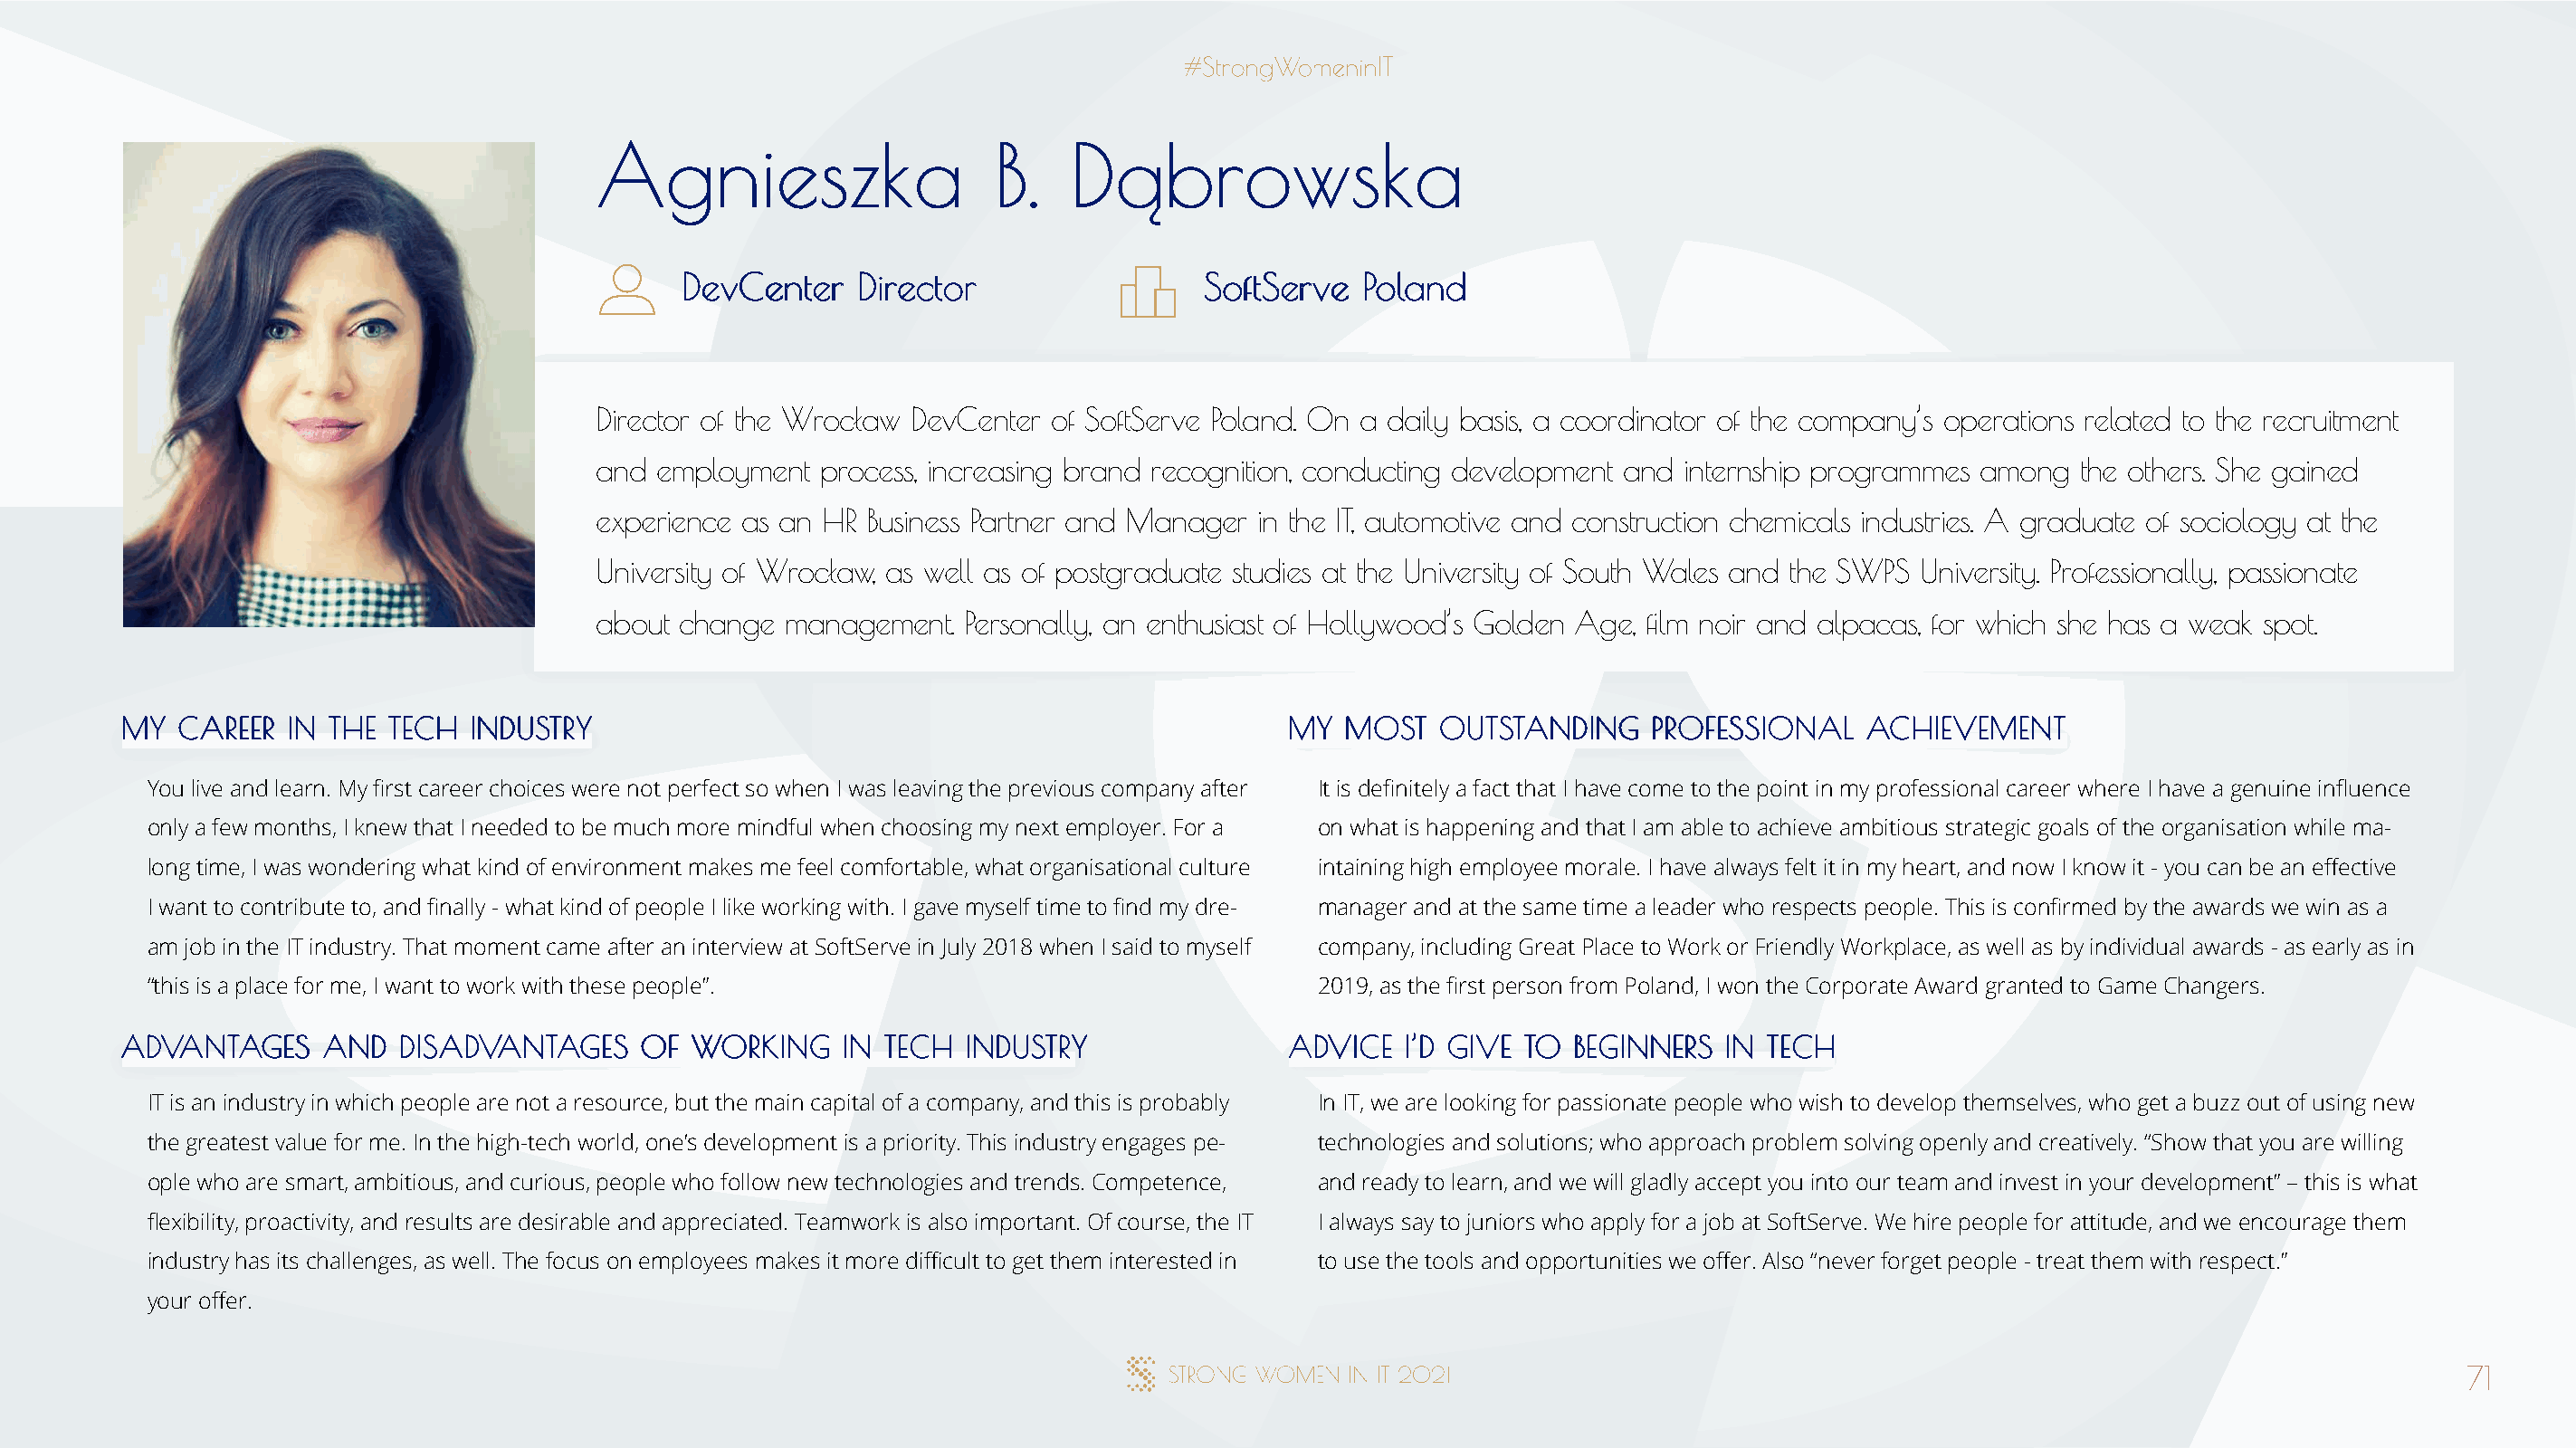
AAggnniieesszzkkaa           BB.. DDąąbbrroowwsskkaa
 DDeevvCCeenntteerr DDiirreeccttoorr   SSooffttSSeerrvvee PPoollaanndd
 Director of the Wrocław DevCenter of SoftServe Poland. On a daily basis, a coordinator of the company’s operations related to the recruitment
 and employment  process, increasing brand recognition, conducting development and internship programmes among the others. She gained
 experience as an HR Business Partner and Manager in the IT, automotive and construction chemicals industries. A graduate of sociology at the
 University of Wrocław, as well as of postgraduate studies at the University of South Wales and the SWPS University. Professionally, passionate
 about change management.   Personally, an enthusiast of Hollywood’s Golden Age, film noir and alpacas, for which she has a weak spot.
 MMYY CCAARREEEERR IINN TTHHEE TTEECCHH IINNDDUUSSTTRRYY                              MMYY MMOOSSTT OOUUTTSSTTAANNDDIINNGG PPRROOFFEESSSSIIOONNAALL AACCHHIIEEVVEEMMEENNTT
 You live and learn. My first career choices were not perfect so when I was leaving the previous company after It is definitely a fact that I have come to the point in my professional career where I have a genuine influence
 only a few months, I knew that I needed to be much more mindful when choosing my next employer. For a on what is happening and that I am able to achieve ambitious strategic goals of the organisation while ma-
 long time, I was wondering what kind of environment makes me feel comfortable, what organisational culture intaining high employee morale. I have always felt it in my heart, and now I know it - you can be an effective
 I want to contribute to, and finally - what kind of people I like working with. I gave myself time to find my dre- manager and at the same time a leader who respects people. This is confirmed by the awards we win as a
 am job in the IT industry. That moment came after an interview at SoftServe in July 2018 when I said to myself company, including Great Place to Work or Friendly Workplace, as well as by individual awards - as early as in
 “this is a place for me, I want to work with these people”.                          2019, as the first person from Poland, I won the Corporate Award granted to Game Changers.
 AADDVVAANNTTAAGGEESS AANNDD DDIISSAADDVVAANNTTAAGGEESS OOFF WWOORRKKIINNGG IINN TTEECCHH IINNDDUUSSTTRRYY AADDVVIICCEE II’’DD GGIIVVEE TTOO BBEEGGIINNNNEERRSS IINN TTEECCHH
 IT is an industry in which people are not a resource, but the main capital of a company, and this is probably In IT, we are looking for passionate people who wish to develop themselves, who get a buzz out of using new
 the greatest value for me. In the high-tech world, one’s development is a priority. This industry engages pe- technologies and solutions; who approach problem solving openly and creatively. “Show that you are willing
 ople who are smart, ambitious, and curious, people who follow new technologies and trends. Competence, and ready to learn, and we will gladly accept you into our team and invest in your development” – this is what
 flexibility, proactivity, and results are desirable and appreciated. Teamwork is also important. Of course, the IT I always say to juniors who apply for a job at SoftServe. We hire people for attitude, and we encourage them
 industry has its challenges, as well. The focus on employees makes it more difficult to get them interested in to use the tools and opportunities we offer. Also “never forget people - treat them with respect.”
 your offer.
 71